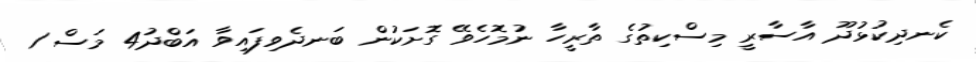
ކެނދިކުޅުދޫ އާސާރީ މިސްކިތުގެ ތާރީހާ ނުމޮހެވޭ ގޮށަކުން ބަނދެވިފައިވާ އަބްދު4 މަސް 1